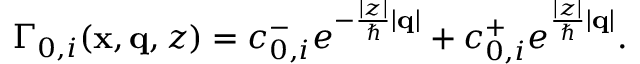
\begin{array} { r } { \Gamma _ { 0 , i } ( \mathbf { x } , \mathbf { q } , z ) = c _ { 0 , i } ^ { - } e ^ { - \frac { | z | } { \hbar } | \mathbf { q } | } + c _ { 0 , i } ^ { + } e ^ { \frac { | z | } { \hbar } | \mathbf { q } | } . } \end{array}